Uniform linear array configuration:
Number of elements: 32
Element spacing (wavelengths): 0.5
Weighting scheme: cosine
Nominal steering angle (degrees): -15
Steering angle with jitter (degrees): -14.681
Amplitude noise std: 0.05
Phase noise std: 0.05

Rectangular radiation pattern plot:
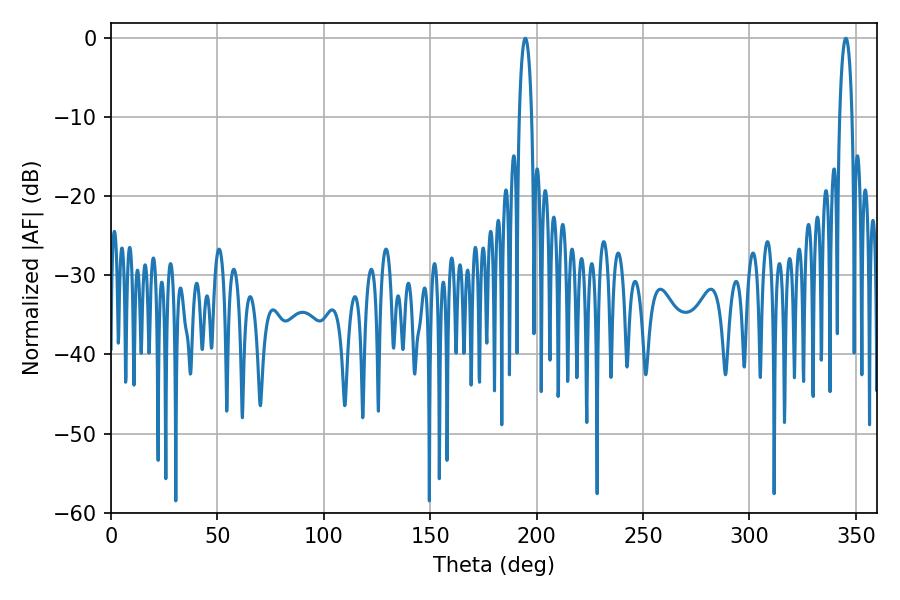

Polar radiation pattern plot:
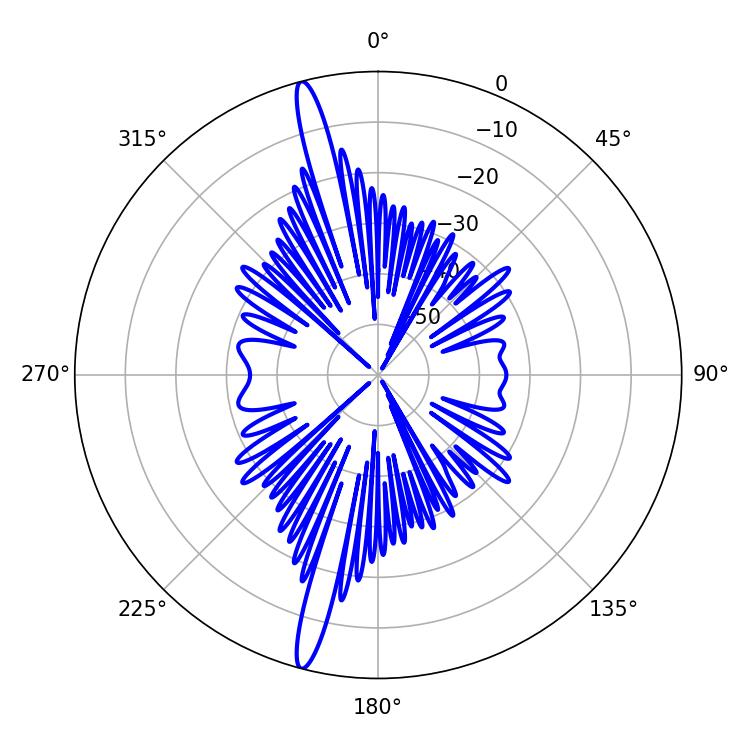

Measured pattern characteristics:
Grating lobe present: FALSE
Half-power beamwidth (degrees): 3.24
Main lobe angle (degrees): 194.76